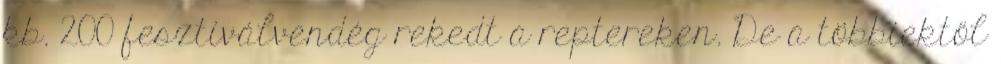
kb. 200 fesztiválvendég rekedt a reptereken. De a többiektől